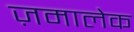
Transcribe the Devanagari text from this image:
ज़मालेक